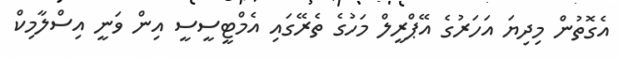
އެގޮތުން މިދިޔަ އަހަރުގެ އޭޕްރީލް މަހުގެ ތެރޭގައި އެމްޓީސީސީ އިން ވަނީ އިސްލާމިކް